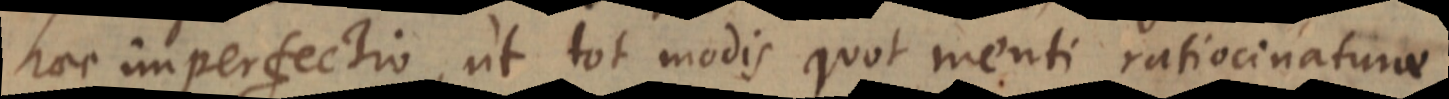
haec imperfectio, ut tot modis quot menti ratiocinaturae